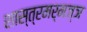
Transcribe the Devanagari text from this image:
शास्त्रमर्मज्ञ